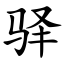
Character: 驿